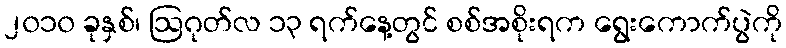
၂၀၁၀ ခုနှစ်၊ ဩဂုတ်လ ၁၃ ရက်နေ့တွင် စစ်အစိုးရက ရွေးကောက်ပွဲကို